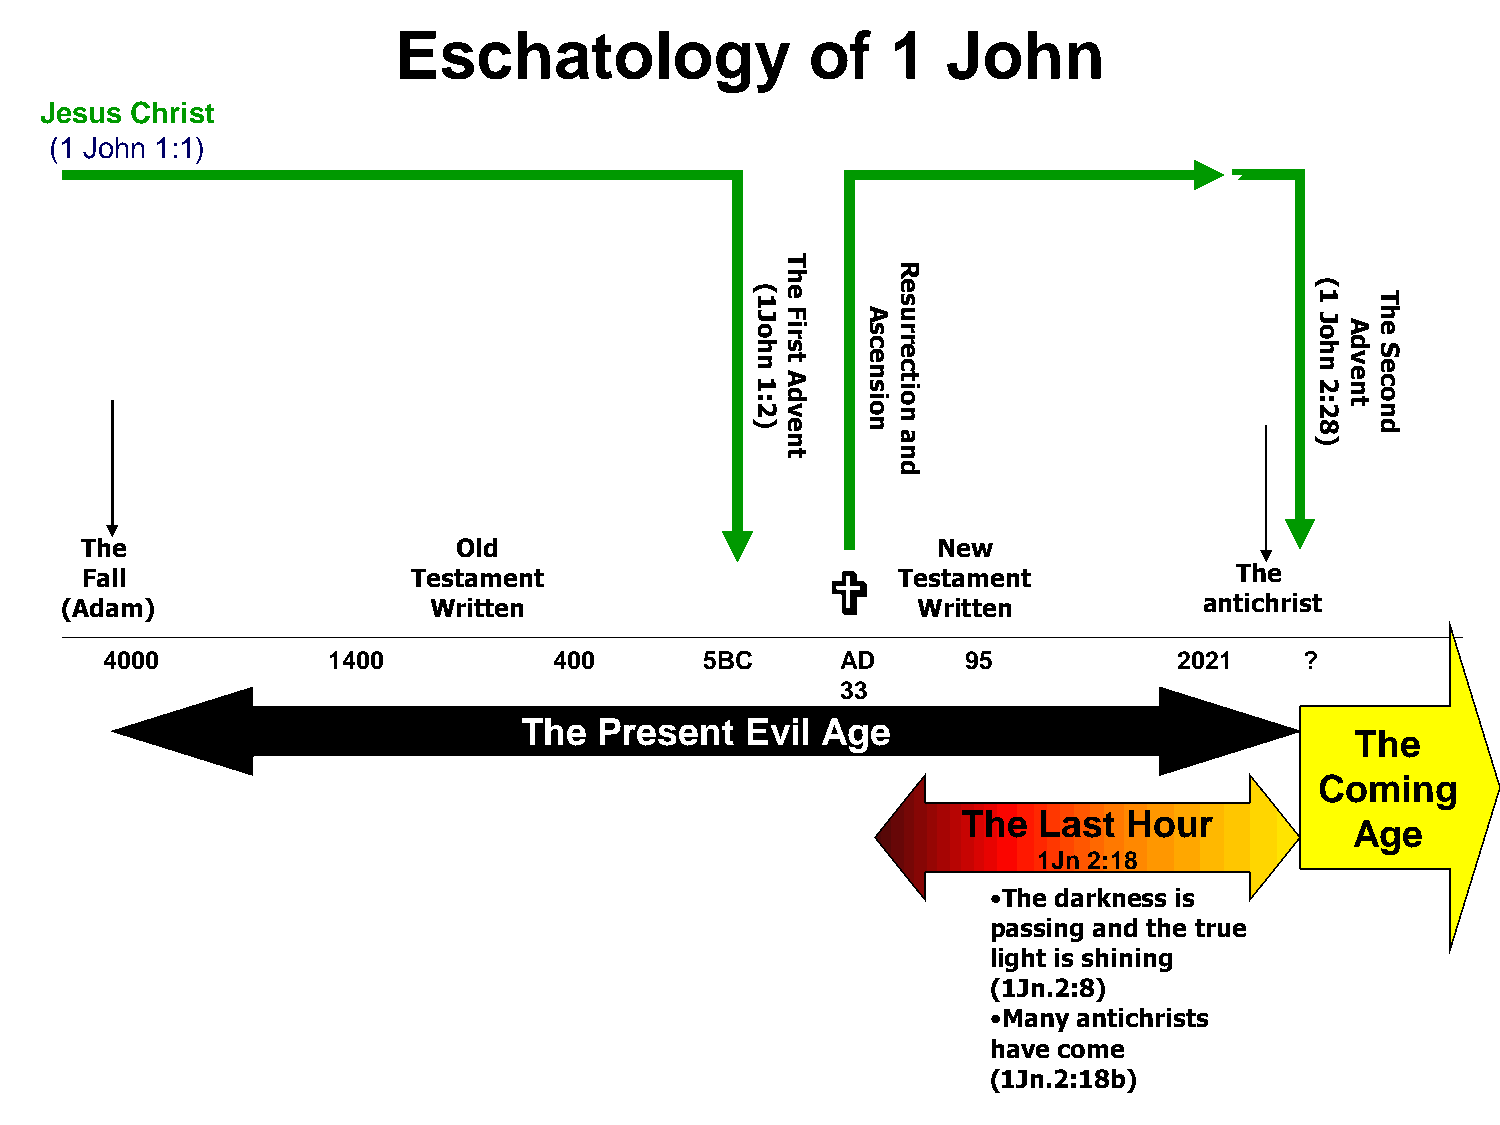
Eschatology                 of   1   John
 Jesus Christ
 (1 John 1:1)
 T
 R
 h
 2:1
 nhoJ1(
 vdA
 tsriF
 e
 oisnecsA
 noitcerruse
 2:2
 nhoJ
 1(
 tnevdA
 noceS
 ehT
 )e     n                             8   d
 n      a                           )
 t      n
 d
 The                      Old                             New
 Fall                  Testament                      Testament              The
 (Adam)                  Written                          Written            antichrist
 4000           1400           400       5BC      AD      95            2021    ?
 33
 The   Present  Evil Age
 The
 Coming
 The  Last  Hour
 Age
 1Jn 2:18
 •The darkness is
 passing and the true
 light is shining
 (1Jn.2:8)
 •Many antichrists
 have come
 (1Jn.2:18b)